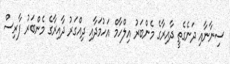
ސިނާނާއި ދަނެގެތީ ދާއިރާގެ މެންބަރު އިލްހާމް އަހުމަދާއި ދިއްގަރު ދާއިރާގެ މެންބަރު ފާރިސް